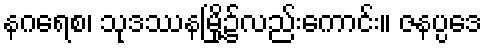
နဂရေစ၊ သုဒဿနမြို့၌လည်းကောင်း။ ဇနပ္ပဒေ